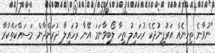
"ނުވާނެ ތިހިނެއް އަރުފީނުދެކެ ރުހައިލު ތިހާ ލޯބިވާނަމަ އޭނާ ރުހައިލާ ދުރަށްދާން މަސައްކަތްކުރާ